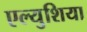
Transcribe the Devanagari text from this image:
एल्युशिया